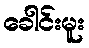
ခေါင်းမူး